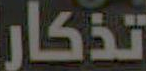
تذكار